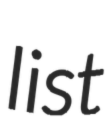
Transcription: list